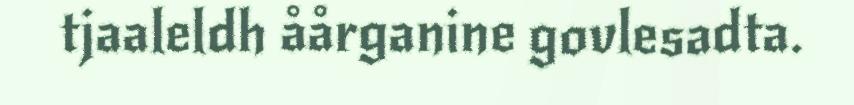
tjaaleldh åårganine govlesadta.